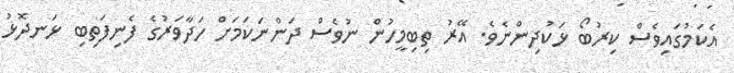
އެކަމުގައިވެސް ކިރުބޯ ޅަކުދިންނެވެ. އޭރު ތިބިމީހުން ނުވެސް ދަންނަކަމަށް ހަދާވަރުގެ ފެނިފަތިބި ޅަނދޮޅު